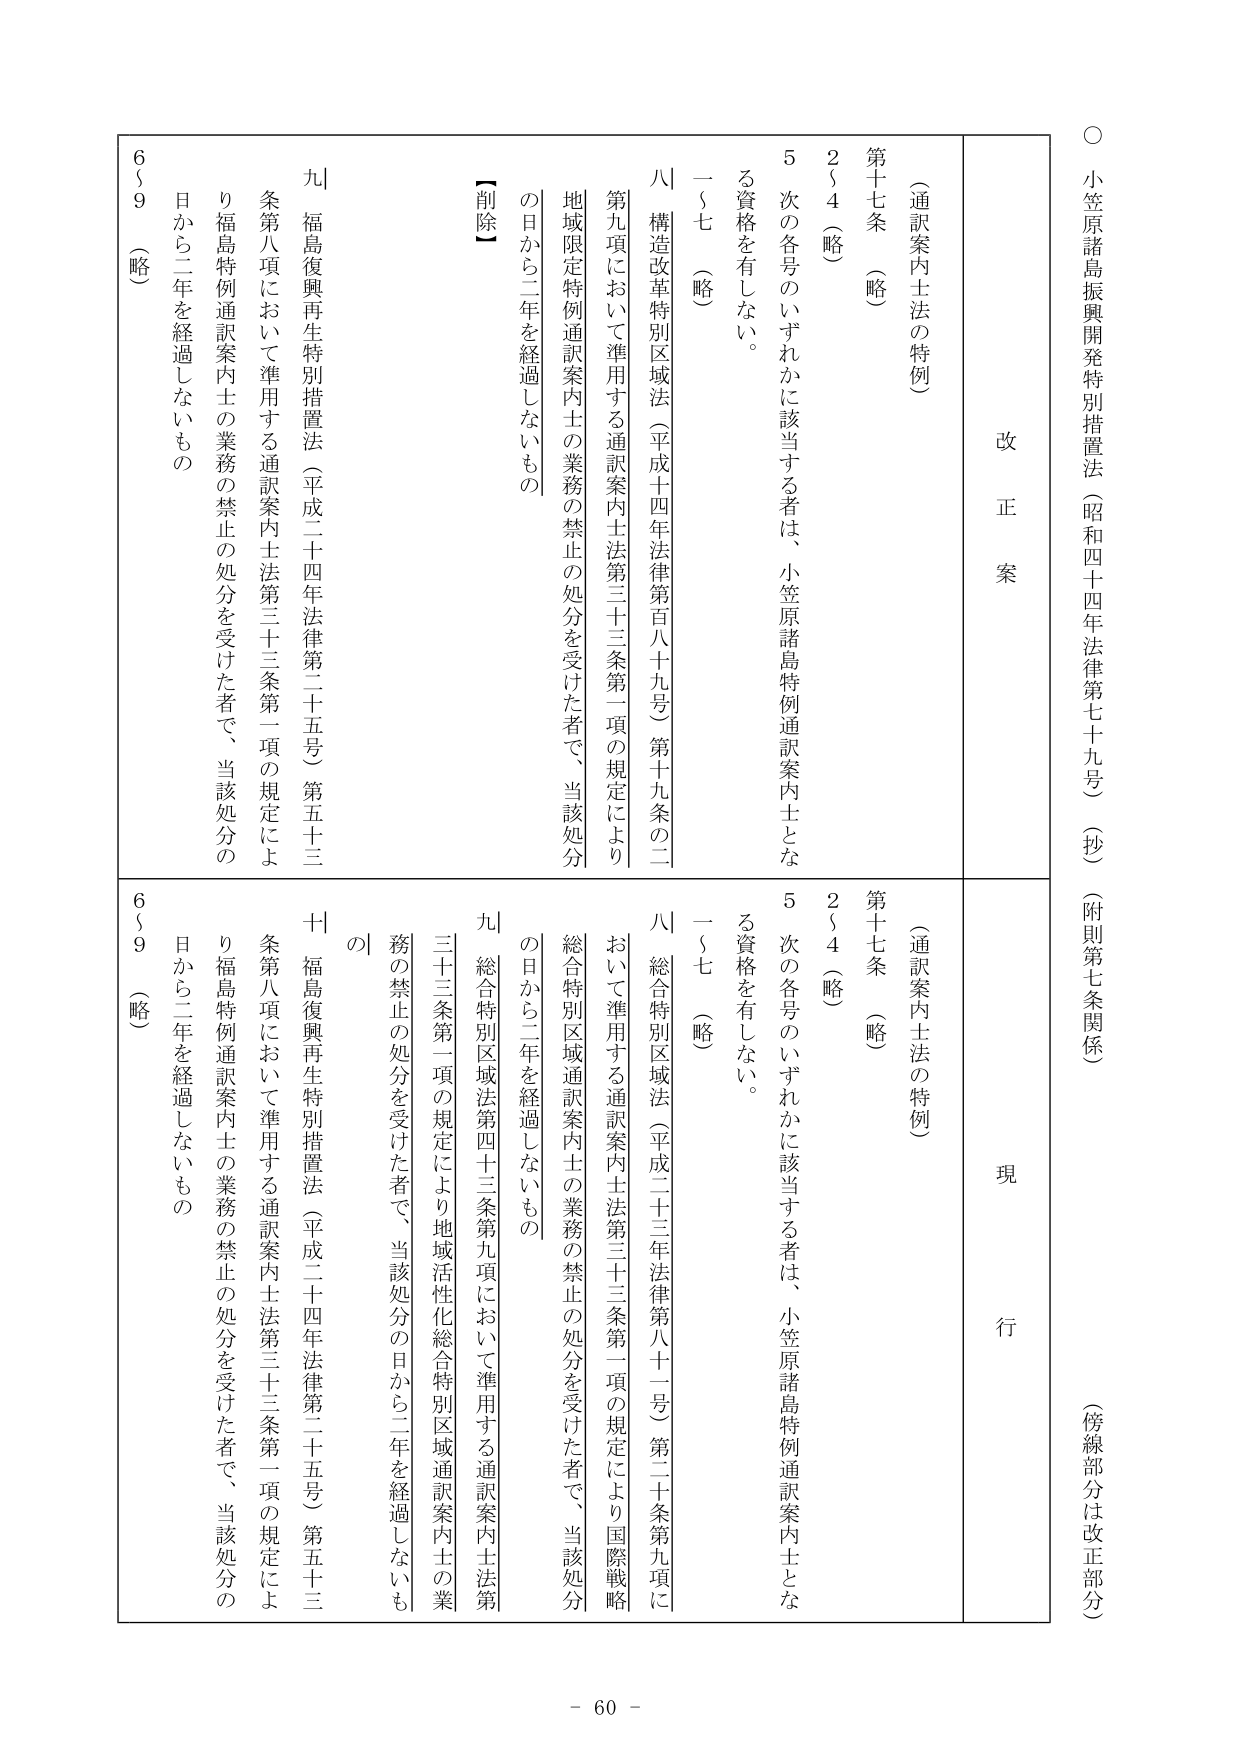
○ 小笠原諸島振興開発特別措置法（昭和四十四年法律第七十九号）（抄）（附則第七条関係）（傍線部分は改正部分）

改正案

（通訳案内士法の特例）

第十七条 （略）

２～４ （略）

５ 次の各号のいずれかに該当する者は、小笠原諸島特例通訳案内士となる資格を有しない。

一～七 （略）

八 構造改革特別区域法（平成十四年法律第百八十九号）第十九条の二第九項において準用する通訳案内士法第三十三条第一項の規定により地域限定特例通訳案内士の業務の禁止の処分を受けた者で、当該処分の日から二年を経過しないもの

【削除】

九 福島復興再生特別措置法（平成二十四年法律第二十五号）第五十三条第八項において準用する通訳案内士法第三十三条第一項の規定により福島特例通訳案内士の業務の禁止の処分を受けた者で、当該処分の日から二年を経過しないもの

６～９ （略）

現行

（通訳案内士法の特例）

第十七条 （略）

２～４ （略）

５ 次の各号のいずれかに該当する者は、小笠原諸島特例通訳案内士となる資格を有しない。

一～七 （略）

八 総合特別区域法（平成二十三年法律第八十一号）第二十条第九項において準用する通訳案内士法第三十三条第一項の規定により国際戦略総合特別区域通訳案内士の業務の禁止の処分を受けた者で、当該処分の日から二年を経過しないもの

九 総合特別区域法第四十三条第九項において準用する通訳案内士法第三十三条第一項の規定により地域活性化総合特別区域通訳案内士の業務の禁止の処分を受けた者で、当該処分の日から二年を経過しないもの

十 福島復興再生特別措置法（平成二十四年法律第二十五号）第五十三条第八項において準用する通訳案内士法第三十三条第一項の規定により福島特例通訳案内士の業務の禁止の処分を受けた者で、当該処分の日から二年を経過しないもの

６～９ （略）

- 60 -